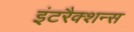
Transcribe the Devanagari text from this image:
इंटरैक्शन्स